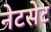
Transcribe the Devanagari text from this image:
नेटसेट